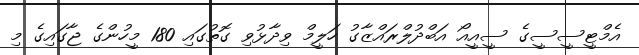
އެމްޓީސީސީގެ ސީއީއޯ އަބްދުލްރައްޒާގު ހަލީމް ވިދާޅުވި ގޮތުގައި 180 މީހުންގެ ޖާގައިގެ މި